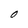
Character: O